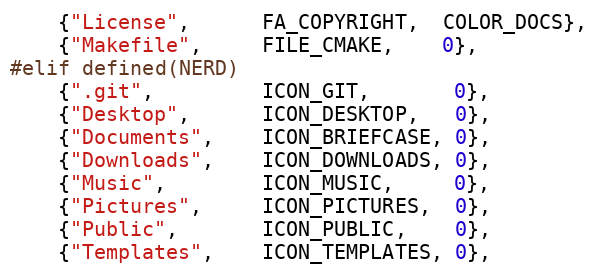
Language: C
	{"License",      FA_COPYRIGHT,  COLOR_DOCS},
	{"Makefile",     FILE_CMAKE,    0},
#elif defined(NERD)
	{".git",         ICON_GIT,       0},
	{"Desktop",      ICON_DESKTOP,   0},
	{"Documents",    ICON_BRIEFCASE, 0},
	{"Downloads",    ICON_DOWNLOADS, 0},
	{"Music",        ICON_MUSIC,     0},
	{"Pictures",     ICON_PICTURES,  0},
	{"Public",       ICON_PUBLIC,    0},
	{"Templates",    ICON_TEMPLATES, 0},